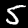
Digit: 5